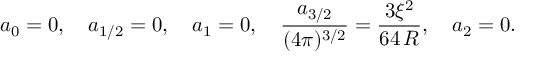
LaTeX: a _ { 0 } = 0 , \quad a _ { 1 / 2 } = 0 , \quad a _ { 1 } = 0 , \quad \frac { a _ { 3 / 2 } } { ( 4 \pi ) ^ { 3 / 2 } } = \frac { 3 \xi ^ { 2 } } { 6 4 \, R } , \quad a _ { 2 } = 0 .